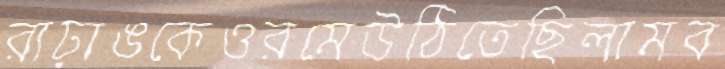
রাঢ়াঙকেওরমেউঠিতেছিলামব